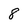
Character: 8